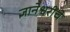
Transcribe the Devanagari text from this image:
ज्ञानेश्वरींचे